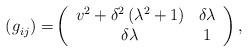
LaTeX: \begin{align*}{\normalsize (g}_{ij}{\normalsize )=}\left(\begin{array}[c]{cc}v^{2}+\delta^{2}\left( \lambda^{2}+1\right) & \delta \lambda \\\delta \lambda & 1\end{array}\right) , \end{align*}